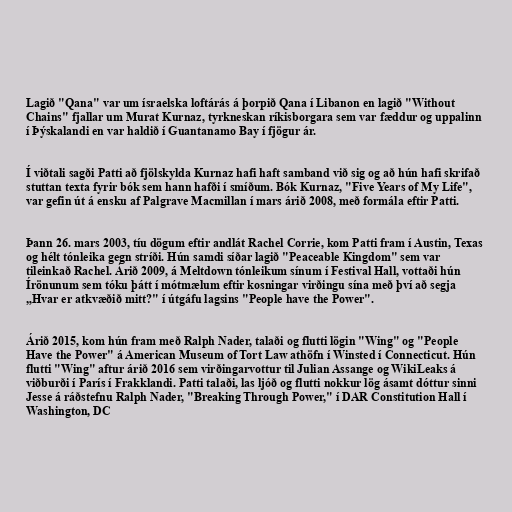
Lagið "Qana" var um ísraelska loftárás á þorpið Qana í Libanon en lagið "Without
Chains" fjallar um Murat Kurnaz, tyrkneskan ríkisborgara sem var fæddur og uppalinn
í Þýskalandi en var haldið í Guantanamo Bay í fjögur ár.

Í viðtali sagði Patti að fjölskylda Kurnaz hafi haft samband við sig og að hún hafi skrifað
stuttan texta fyrir bók sem hann hafði í smíðum. Bók Kurnaz, "Five Years of My Life",
var gefin út á ensku af Palgrave Macmillan í mars árið 2008, með formála eftir Patti.

Þann 26. mars 2003, tíu dögum eftir andlát Rachel Corrie, kom Patti fram í Austin, Texas
og hélt tónleika gegn stríði. Hún samdi síðar lagið "Peaceable Kingdom" sem var
tileinkað Rachel. Árið 2009, á Meltdown tónleikum sínum í Festival Hall, vottaði hún
Írönunum sem tóku þátt í mótmælum eftir kosningar virðingu sína með því að segja
„Hvar er atkvæðið mitt?" í útgáfu lagsins "People have the Power".

Árið 2015, kom hún fram með Ralph Nader, talaði og flutti lögin "Wing" og "People
Have the Power" á American Museum of Tort Law athöfn í Winsted í Connecticut. Hún
flutti "Wing" aftur árið 2016 sem virðingarvottur til Julian Assange og WikiLeaks á
viðburði í París í Frakklandi. Patti talaði, las ljóð og flutti nokkur lög ásamt dóttur sinni
Jesse á ráðstefnu Ralph Nader, "Breaking Through Power," í DAR Constitution Hall í
Washington, DC